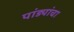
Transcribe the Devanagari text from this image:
पांड्यांचा